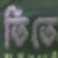
তিতে